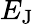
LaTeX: E_{\mathrm{{J}}}